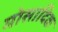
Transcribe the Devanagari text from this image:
मोसादिक